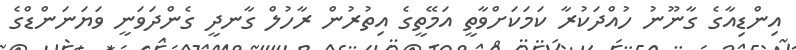
އިންޑިއާގެ ގާނޫނު ހުއްދަކުރާ ކަމަކަށްވާތީ އަމޭތީގެ އިތުރުން ރާހުލް ގާނދީ ގެންދަވަނީ ވަޔަނަންޑްގެ